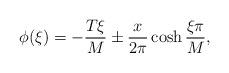
LaTeX: \begin{align*}\phi(\xi) = - \frac{T \xi}{M} \pm \frac{x}{2 \pi} \cosh \frac{\xi \pi}{M},\end{align*}